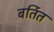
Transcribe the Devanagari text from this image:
बर्तित